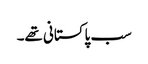
سب پاکستانی تھے۔